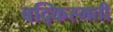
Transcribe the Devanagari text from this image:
बद्किस्मती